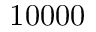
1 0 0 0 0